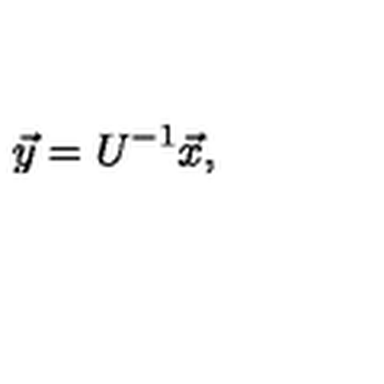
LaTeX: \vec { y } = U ^ { - 1 } \vec { x } ,